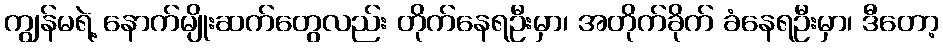
ကျွန်မရဲ့ နောက်မျိုးဆက်တွေလည်း တိုက်နေရဦးမှာ၊ အတိုက်ခိုက် ခံနေရဦးမှာ၊ ဒီတော့